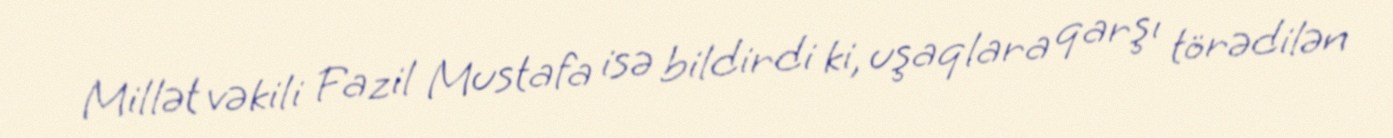
Millət vəkili Fazil Mustafa isə bildirdi ki, uşaqlara qarşı törədilən